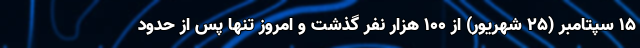
۱۵ سپتامبر (۲۵ شهریور) از ۱۰۰ هزار نفر گذشت و امروز تنها پس از حدود